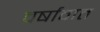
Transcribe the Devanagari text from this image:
वर्षावात